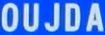
OUJDA